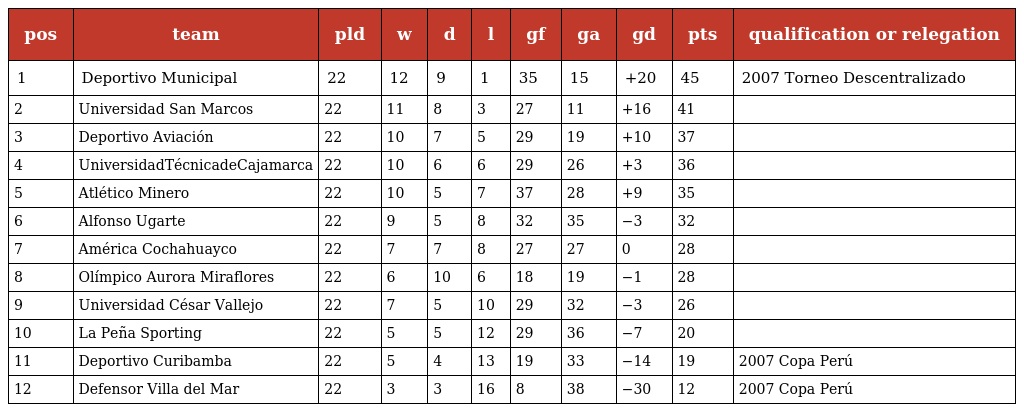
| pos | team | pld | w | d | l | gf | ga | gd | pts | qualification or relegation |
 | --- | --- | --- | --- | --- | --- | --- | --- | --- | --- | --- |
 | 1 | Deportivo Municipal | 22 | 12 | 9 | 1 | 35 | 15 | +20 | 45 | 2007 Torneo Descentralizado |
 | 2 | Universidad San Marcos | 22 | 11 | 8 | 3 | 27 | 11 | +16 | 41 |  |
 | 3 | Deportivo Aviación | 22 | 10 | 7 | 5 | 29 | 19 | +10 | 37 |  |
 | 4 | UniversidadTécnicadeCajamarca | 22 | 10 | 6 | 6 | 29 | 26 | +3 | 36 |  |
 | 5 | Atlético Minero | 22 | 10 | 5 | 7 | 37 | 28 | +9 | 35 |  |
 | 6 | Alfonso Ugarte | 22 | 9 | 5 | 8 | 32 | 35 | −3 | 32 |  |
 | 7 | América Cochahuayco | 22 | 7 | 7 | 8 | 27 | 27 | 0 | 28 |  |
 | 8 | Olímpico Aurora Miraflores | 22 | 6 | 10 | 6 | 18 | 19 | −1 | 28 |  |
 | 9 | Universidad César Vallejo | 22 | 7 | 5 | 10 | 29 | 32 | −3 | 26 |  |
 | 10 | La Peña Sporting | 22 | 5 | 5 | 12 | 29 | 36 | −7 | 20 |  |
 | 11 | Deportivo Curibamba | 22 | 5 | 4 | 13 | 19 | 33 | −14 | 19 | 2007 Copa Perú |
 | 12 | Defensor Villa del Mar | 22 | 3 | 3 | 16 | 8 | 38 | −30 | 12 | 2007 Copa Perú |